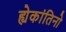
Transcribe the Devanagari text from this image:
ह्येकांतिनो